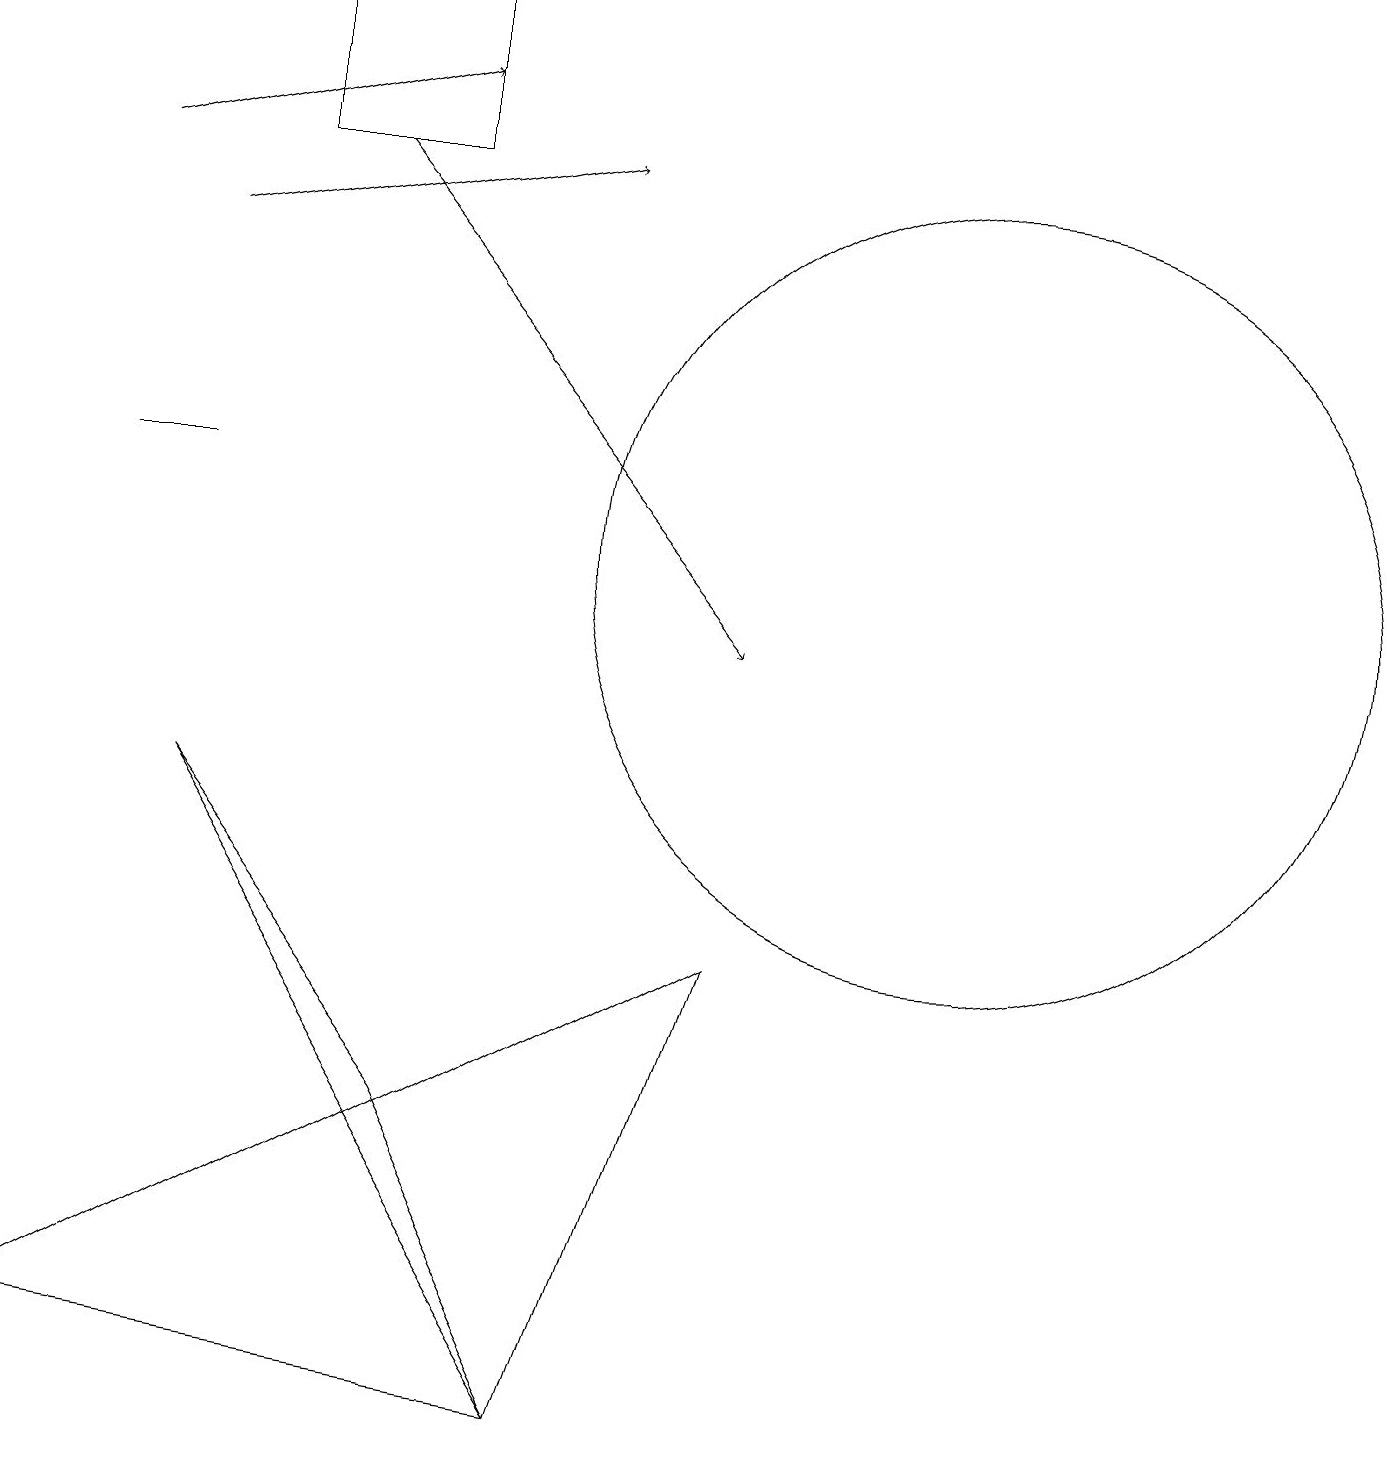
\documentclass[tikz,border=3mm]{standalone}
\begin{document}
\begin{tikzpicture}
\draw (12,11) circle (5);
\draw[->] (1,16) -- (5,17);
\draw[->] (2,15) -- (7,16);
\draw[->] (4,16) -- (9,10);
\draw (9,6) -- (7,0) -- (0,1) -- cycle;
\draw (5,16) rectangle (3,18);
\draw (1,12) rectangle (2,12);
\draw (5,4) -- (2,8) -- (7,0) -- cycle;
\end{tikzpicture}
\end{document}